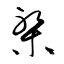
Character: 槃